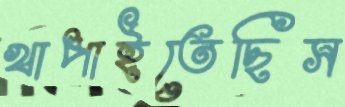
খাপাইতেছিস